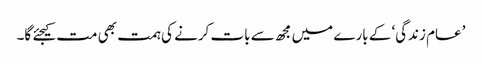
’عام زندگی‘ کے بارے میں مجھ سے بات کرنے کی ہمت بھی مت کیجئے گا۔